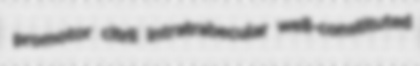
promotor citril intratrabecular well-constituted